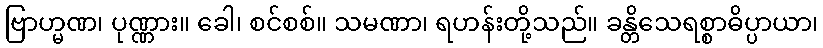
ဗြာဟ္မဏ၊ ပုဏ္ဏား။ ခေါ၊ စင်စစ်။ သမဏာ၊ ရဟန်းတို့သည်။ ခန္တိသေရစ္စာဓိပ္ပာယာ၊